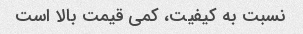
نسبت به کیفیت، کمی قیمت بالا است